Trukikaitis_Postimees, lk 18
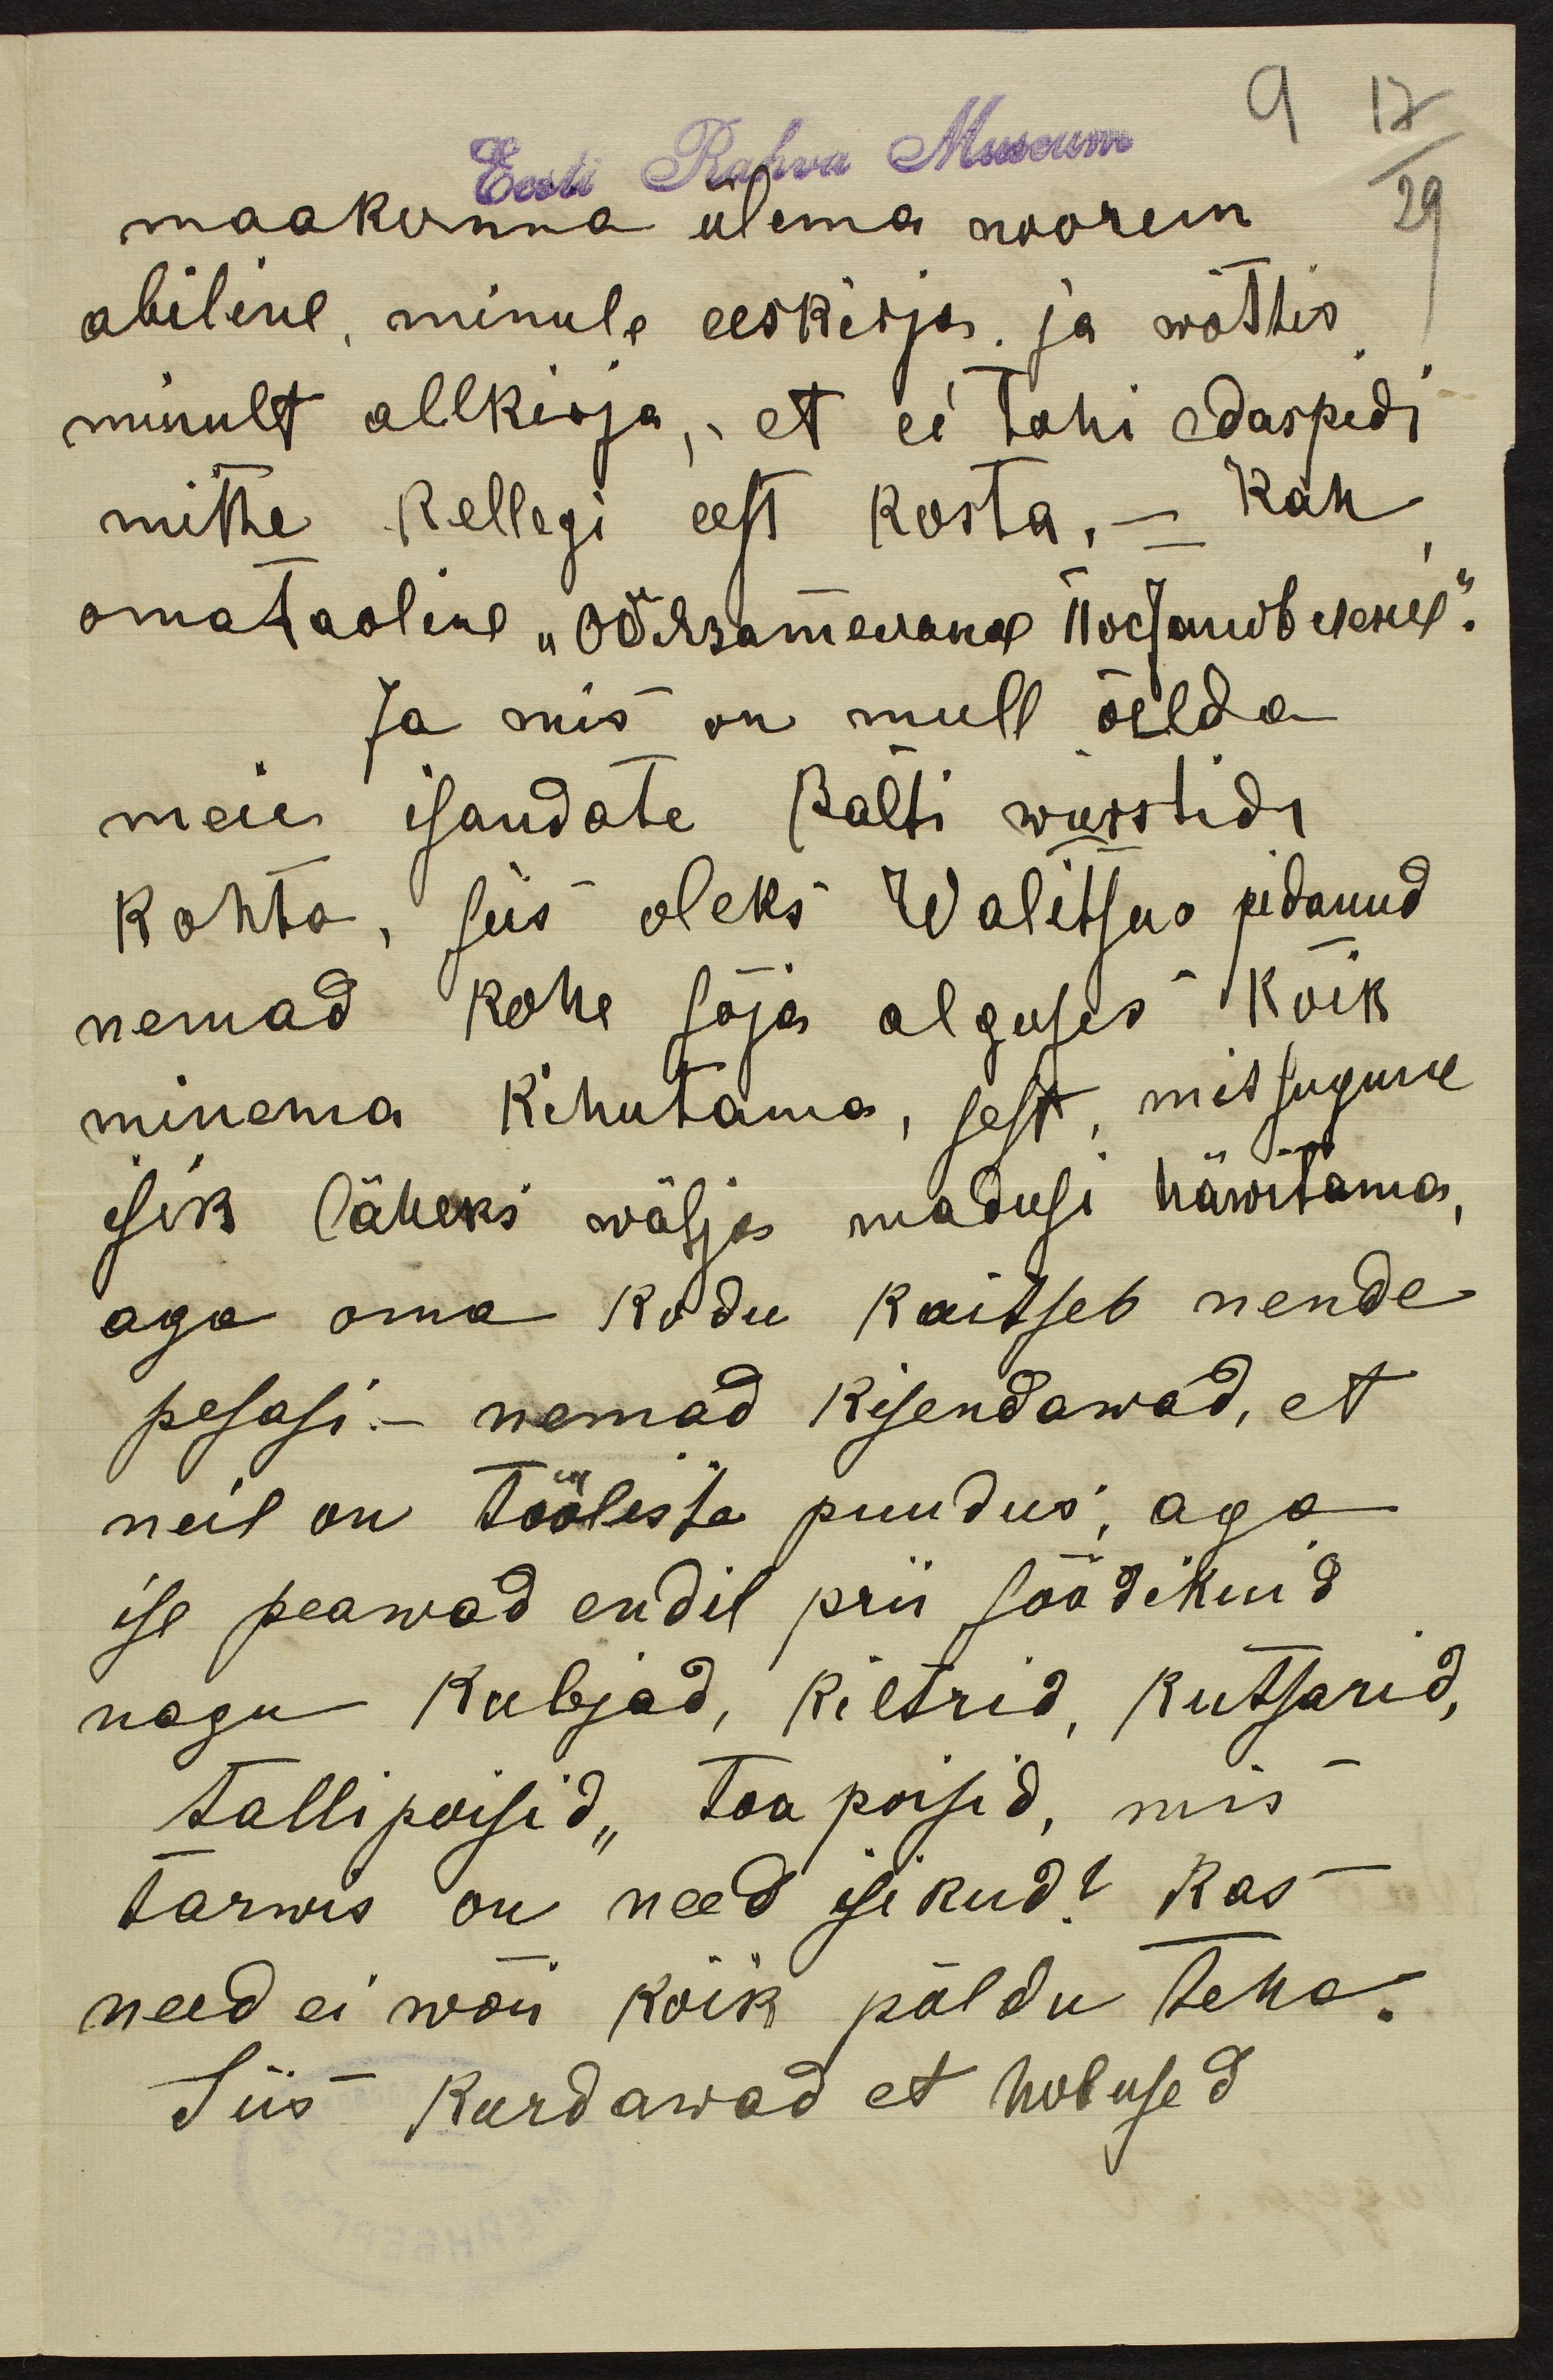
Eest Rahva Museum
9 17
maakonna olema noorem
29
abiline, minule eeskirja, ja wõttis
minult allkirja, et ei tohi edaspidi
mitte Kellegi eest kosta, - kah
omataoline "Odissamewang Toсталь фенез".
Ja mis on mull öelda
meie isandate Balti würstide
kohta, siis oleks Walitsus pidanud
nemad kohe sõja alguses kõik
minema kihutama, sest missugune
isik läheks wäljas madusi häwitama,
aga oma kodu kaitseb nende
pesasi. - nemad kisendawad, et
neil on tööliste puudus, aga
ise peawad endil prii söödikuid
nagu kubjad, kiltsid, kutsarid,
tallipoisid, toa poisid, mis
tarwis on need isikud? Kas
need ei wõi kõik põldu teha.
Siis kurdawad et hobused